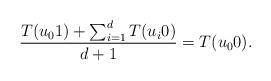
LaTeX: \begin{align*} \frac{T(u_01)+\sum_{i=1}^dT(u_i0)}{d+1}=T(u_00).\end{align*}